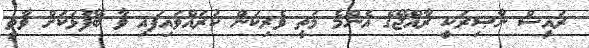
ރައީސް ނާޞިރަކީ ރާއްޖޭގެ އެންމެ މަތީ ވެރިކަން ކުރައްވައިފައި ވާ ބޭފުޅަކަށް ވާތީ